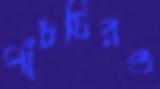
পাঁচটিরও